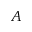
A